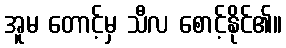
အူမ တောင့်မှ သီလ စောင့်နိုင်၏။